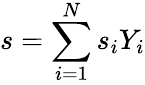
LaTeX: s=\sum_{i=1}^{N}s_{i}Y_{i}